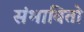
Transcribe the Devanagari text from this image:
संभावितो